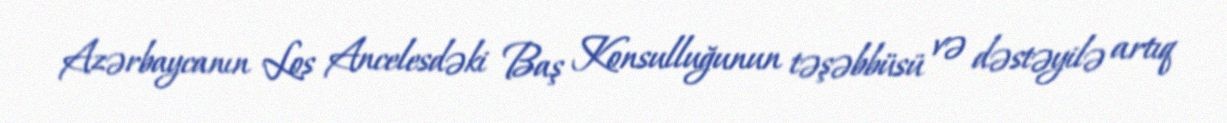
Azərbaycanın Los Ancelesdəki Baş Konsulluğunun təşəbbüsü və dəstəyilə artıq